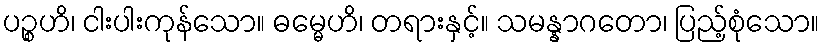
ပဉ္စဟိ၊ ငါးပါးကုန်သော။ ဓမ္မေဟိ၊ တရားနှင့်။ သမန္နာဂတော၊ ပြည့်စုံသော။